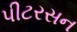
પીટરસન